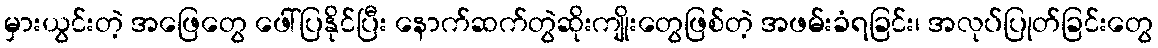
မှားယွင်းတဲ့ အဖြေတွေ ဖေါ်ပြနိုင်ပြီး နောက်ဆက်တွဲဆိုးကျိုးတွေဖြစ်တဲ့ အဖမ်းခံရခြင်း၊ အလုပ်ပြုတ်ခြင်းတွေ